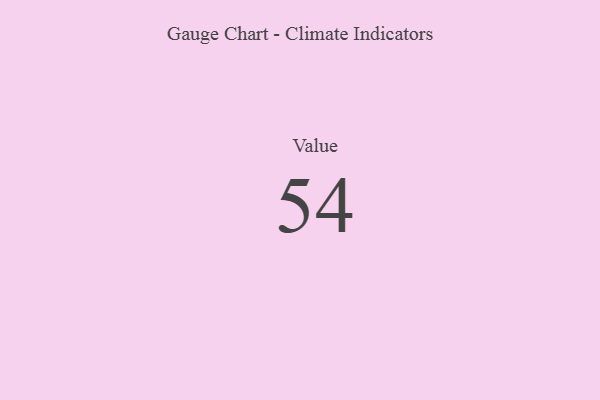
{"axis": {"x": "Metric", "y": "Value"}, "legend": [""], "data": [{"x": "Value", "y": 54, "type": ""}]}